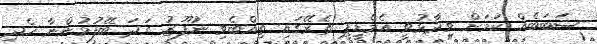
ސަބަބެއް ކަމަށް ވިދާޅުވީ އެމްޑީޕީ ތެރޭގައި ތިއްބެވި ނުފޫޒު ގަދަ ބޭފުޅުންނާ ހެދި